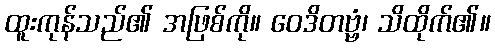
ထူးကုန်သည်၏ အဖြစ်ကို။ ဝေဒိတဗ္ဗံ၊ သိထိုက်၏။